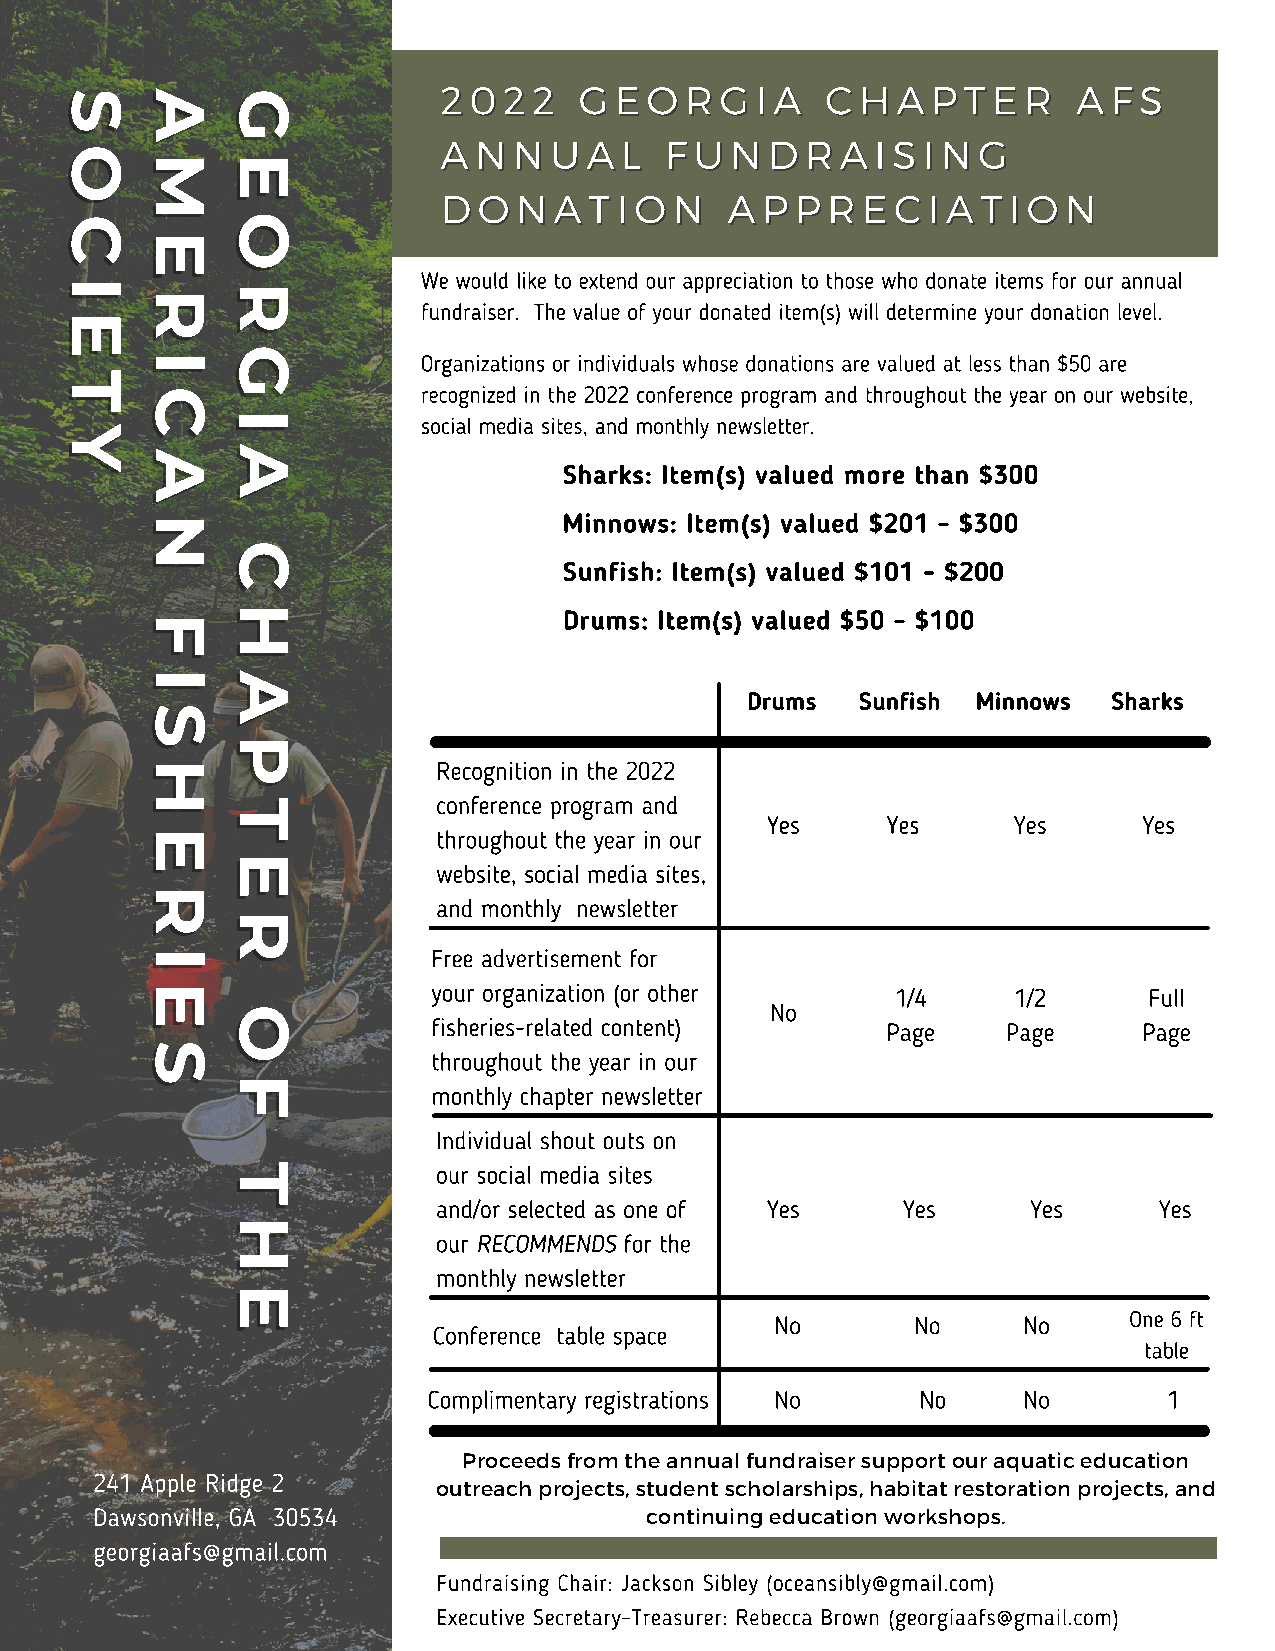
22002222 GGEEOORRGGIIAA   CCHHAAPPTTEERR  AAFFSS
 SS    AA    GG
 AANNNNUUAALL   FFUUNNDDRRAAIISSIINNGG
 OO
 MM    EE
 DDOONNAATTIIOONN   AAPPPPRREECCIIAATTIIOONN
 CC          OO
 EE
 We would like to extend our appreciation to those who donate items for our annual
 II
 RR
 RR
 fundraiser. The value of your donated item(s) will determine your donation level.
 EE
 II    GG           Organizations or individuals whose donations are valued at less than $50 are
 TT
 recognized in the 2022 conference program and throughout the year on our website,
 CC
 II           social media sites, and monthly newsletter.
 YY
 AA    AA
 Sharks: Item(s) valued more than $300
 NN
 Minnows: Item(s) valued $201 - $300
 CC
 Sunfish: Item(s) valued $101 - $200
 HH                    Drums: Item(s) valued $50 - $100
 FF
 II    AA
 Drums   Sunfish Minnows  Sharks
 SS
 PP
 HH                  Recognition in the 2022
 conference program and
 TT
 Yes     Yes     Yes      Yes
 EE                  throughout the year in our
 EE            website, social media sites,
 RR
 and monthly newsletter
 RR
 II                  Free advertisement for
 EE                  your organization (or other   1/4     1/2      Full
 No
 OO
 fisheries-related content)    Page    Page     Page
 SS                  throughout the year in our
 FF            monthly chapter newsletter
 Individual shout outs on
 TT            our social media sites
 and/or selected as one of Yes  Yes     Yes      Yes
 HH
 our RECOMMENDS for the
 monthly newsletter
 EE
 No        No     No     One 6 ft
 Conference table space
 table
 Complimentary registrations No   No     No       1
 Proceeds from the annual fundraiser support our aquatic education
 241 Apple Ridge 2
 outreach projects, student scholarships, habitat restoration projects, and
 Dawsonville, GA 30534                continuing education workshops.
 georgiaafs@gmail.com
 Fundraising Chair: Jackson Sibley (oceansibly@gmail.com)
 Executive Secretary-Treasurer: Rebecca Brown (georgiaafs@gmail.com)